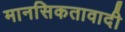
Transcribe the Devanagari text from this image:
मानसिकतावादी